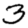
Digit: 3